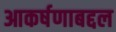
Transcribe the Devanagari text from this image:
आकर्षणाबद्दल